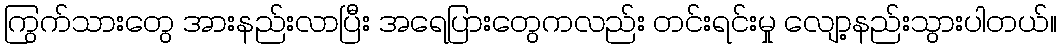
ကြွက်သားတွေ အားနည်းလာပြီး အရေပြားတွေကလည်း တင်းရင်းမှု လျော့နည်းသွားပါတယ်။